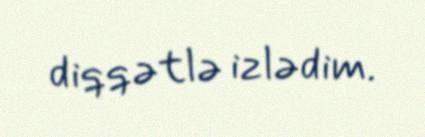
diqqətlə izlədim.